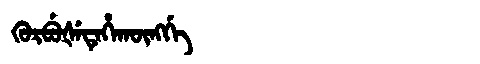
Manchu: ᡴᡠᡵᠪᡠᡧᡝᡨᡝᡥᠠᡴᡡᠩᡤᡝ
Romanization: KURBUŠETEHAKŪNGGE